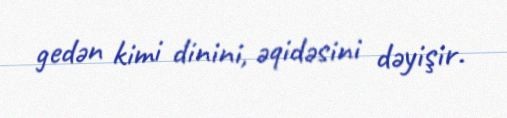
gedən kimi dinini, əqidəsini dəyişir.